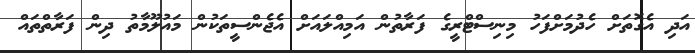
އަދި އެގޮތަށް ހެދުމަށްފަހު މިނިސްޓްރީގެ ފަރާތުން އަމިއްލައަށް އެޖެންސީތަކުން މައުލޫމާތު ދިން ފަރާތްތައް